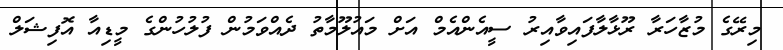
މިރޭގެ މުޒާހަރާ ރޫޅާލާފައިވާއިރު ސީއެންއެމް އަށް މައުލޫމާތު ދެއްވަމުން ފުލުހުންގެ މީޑިއާ އޮފިޝަލް